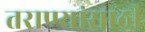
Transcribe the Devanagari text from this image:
तराण्यांसाठी